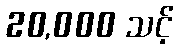
20,000 သင့်